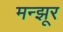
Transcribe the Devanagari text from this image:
मन्झूर